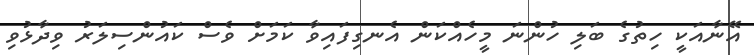
އޭނާއަކީ ހިތުގެ ބަލި ހުންނަ މީހެއްކަން އެނގިފައިވާ ކަމަށް ވެސް ކައުންސިލަރު ވިދާޅުވި